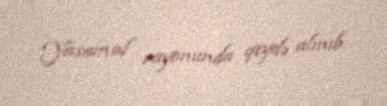
Yasamal rayonunda qeydə alınıb.